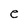
Character: e